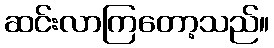
ဆင်းလာကြတော့သည်။